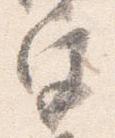
宮